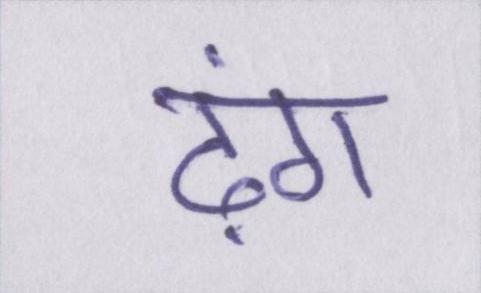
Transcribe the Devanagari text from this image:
ढ़ंग